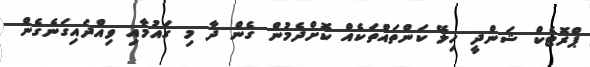
ޕްރޮޓެކް ޝަންދީ ހިލޭ ކަންތައްތަކެއް ކޮށްދެމުން ގެން ދާ މި ގައުމާއި ވިއްދައިގަނެގެން